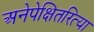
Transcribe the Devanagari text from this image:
अनेपेक्षितरित्या